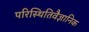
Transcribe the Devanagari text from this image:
परिस्थितिवैज्ञानिक